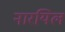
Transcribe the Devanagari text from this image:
नारयिल